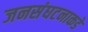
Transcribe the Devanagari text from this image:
जनसंघटनाकडे